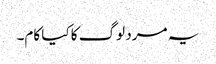
یہ مرد لوگ کا کیا کام۔